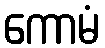
ကောမံ